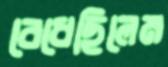
বেধেছিলেম